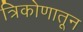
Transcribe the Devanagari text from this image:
त्रिकोणातून